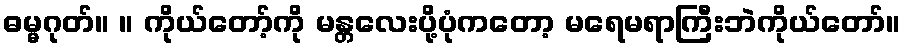
ဓမ္မဂုတ်။ ။ ကိုယ်တော့်ကို မန္တလေးပို့ပုံကတော့ မရေမရာကြီးဘဲကိုယ်တော်။